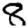
Digit: 8